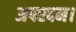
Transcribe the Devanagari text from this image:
अपरदन।